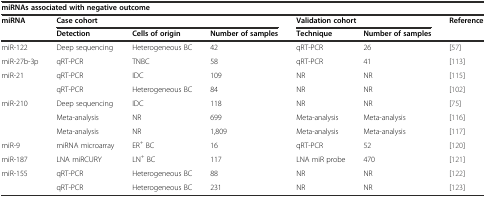
| <COLSPAN=7> miRNAs associated with negative outcome |
 | <ROWSPAN=2> miRNA | <COLSPAN=3> Case cohort | <COLSPAN=2> Validation cohort | <ROWSPAN=2> Reference |
 | Detection | Cells of origin | Number of samples | Technique | Number of samples |
 | --- | --- | --- | --- | --- | --- | --- |
 | miR-122 | Deep sequencing | Heterogeneous BC | 42 | qRT-PCR | 26 | [57] |
 | miR-27b-3p | qRT-PCR | TNBC | 58 | qRT-PCR | 41 | [113] |
 | miR-21 | qRT-PCR | IDC | 109 | NR | NR | [115] |
 |  | qRT-PCR | Heterogeneous BC | 84 | NR | NR | [102] |
 | miR-210 | Deep sequencing | IDC | 118 | NR | NR | [75] |
 |  | Meta-analysis | NR | 699 | Meta-analysis | Meta-analysis | [116] |
 |  | Meta-analysis | NR | 1,809 | Meta-analysis | Meta-analysis | [117] |
 | miR-9 | miRNA microarray | ER+ BC | 16 | qRT-PCR | 52 | [120] |
 | miR-187 | LNA miRCURY | LN+ BC | 117 | LNA miR probe | 470 | [121] |
 | miR-155 | qRT-PCR | Heterogeneous BC | 88 | NR | NR | [122] |
 |  | qRT-PCR | Heterogeneous BC | 231 | NR | NR | [123] |